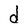
Character: d